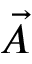
\vec { A }